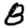
Digit: 8